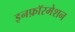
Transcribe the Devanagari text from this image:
इनफ़ॉरमेशन